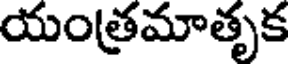
యంత్రమాతృక